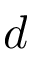
d